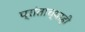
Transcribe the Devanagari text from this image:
प्रांताच्याही